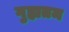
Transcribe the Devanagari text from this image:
गुह्यतम